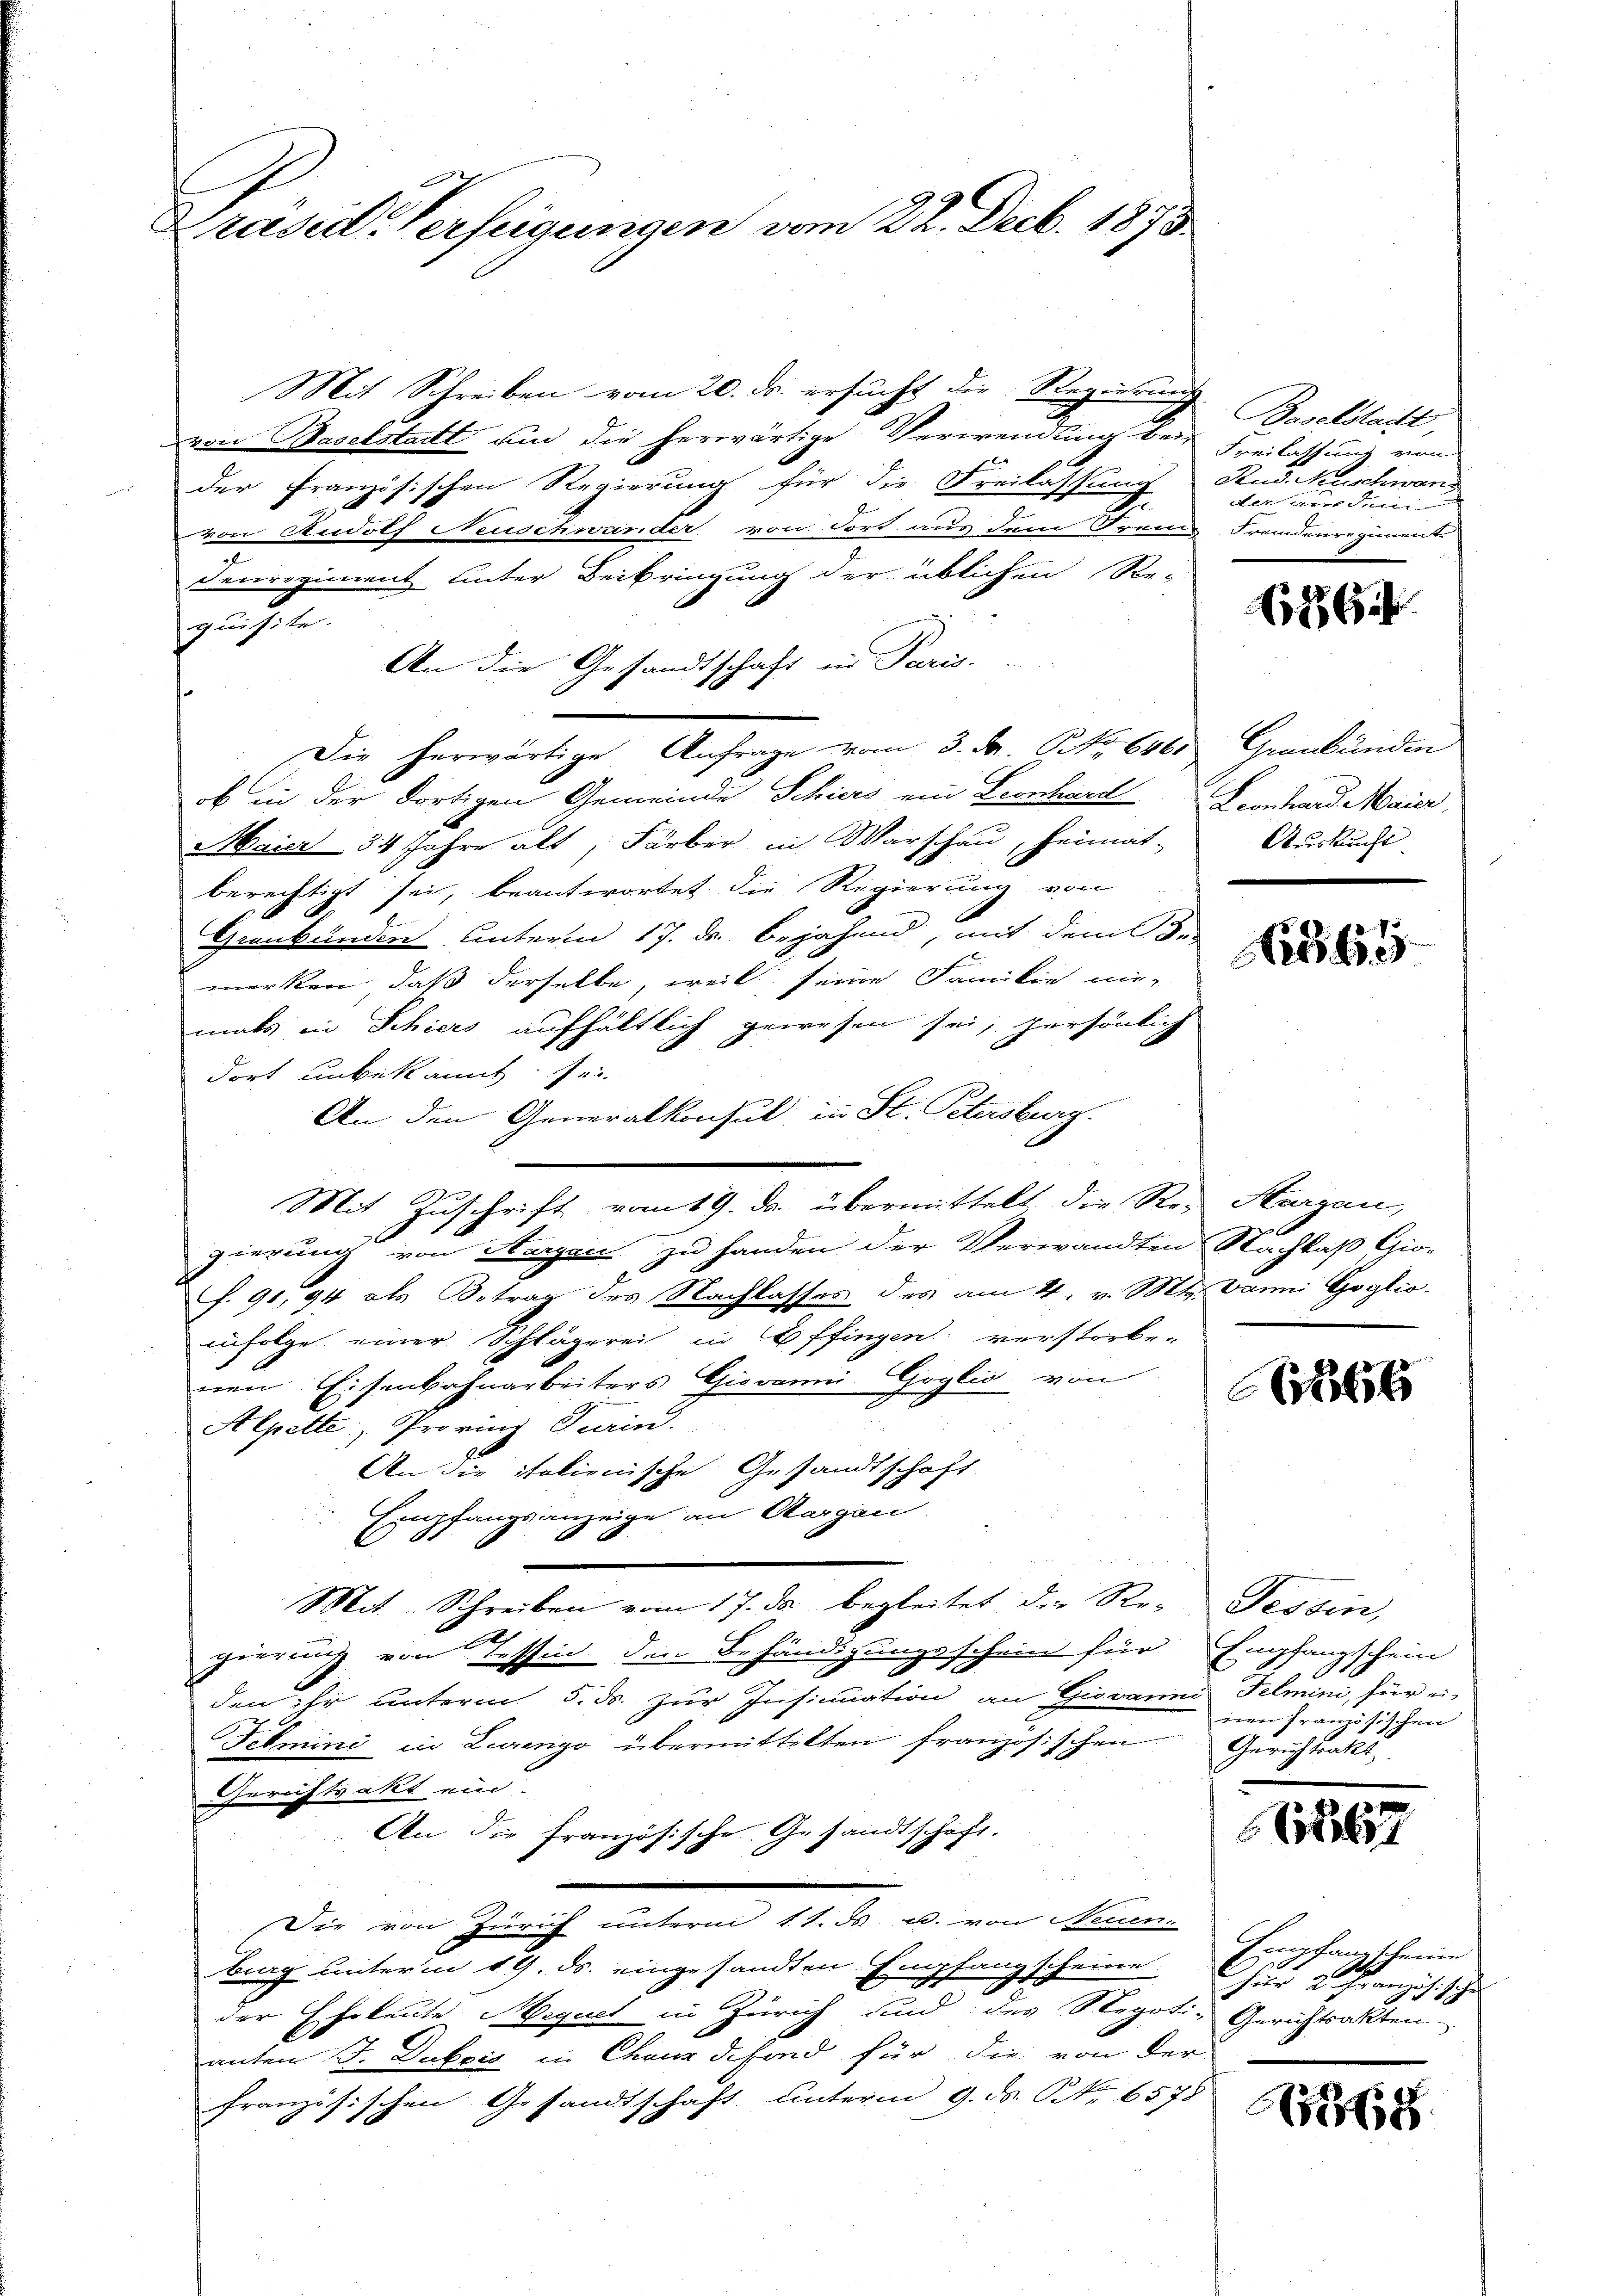
Präsid-Verfeigungen vom 22. Decb. 1873

Mit Schreiben vom 20. ds. ersucht die Regierung
von Baselstadt um die herwärtige Verwendung bei
der französischen Regierung für die Freilassung Rud. Nüschwand
.
von Rudolf Neuschwander von dort aus dem Franz Fremdenregium
u
denregiment hinter Beibringung der üblichen Re-
quisite.
An die Gesandtschaft in Paris.
Die herwärtige Anfrage vom 3. Fr. NNo. 6460 Graubünden
ob in der dortigen Gemeinde Schiers ein Leonhard
Maier 34 Jahre alt, Färber in Warschau, Heimat-
berechtigt sei, beantwortet die Regierung von
Graubünden unterm 17. ds. bejahend, mit dem Be
merken, daß derselbe, weil seine Familie nie-
mals in Schiers aufhältlich gewesen sei, persönlich
dort unbekannt sei
An den Generalkonsul in St. Petersburg.
Mit Zuschrift vom 19. ds. übermittelt die Re- Sargau,
gierung von Harzen zu handen der Verwandten Nachlaß Gio-
f. 91, 94 als Betrag des Nachlasses des am 14. v. Mt. Vanni Goglio.
infolge einer Schlägerei in Offingen verstorbe-
nen Eisenbahnarbeiters Giovanni Goglio von
Alpette, Provinz Turin.
An die italienische Gesandtschaft
Empfangsanzeige an Aargau
Mit Schreiben vom 17. ds. begleitet die Re- Fessen,
gierung von Tessin den Behändigungsschein für Empfangschein
den ihr unterm 5. ds. zur Insinuation an Giovanni
Telmini in Lurengo übermittelten französischen Gerichtsakt
Gerichtsakt ein.
An die französische Gesandtschaft.
(Die von Zürich unterm 11. ds u. von Neuen
berg unterm 19. ds. eingesandten Empfangscheine
der Eheleute Sequet in Zürich und des Stegoti-Gerichtsakten
anten J. Dubaić in Chanz defond für die von der
französischen Gesandtschaft, unterm 9. ds. Nr. 6578

Baselstacht,
Freilassung von
der aus dem

864

Leonhard Maier
Auskunft.

Nr. 65

6566

Fehmen, für einen Französischen

1867

Empfangscheine
A
für 2 Französische

368